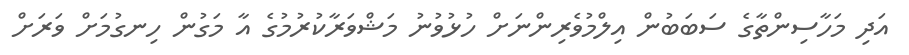
އަދި މަހާސިންތާގެ ސަބަބުން އިލްމުވެރިންނަށް ހުޅުވުނު މަޝްވަރާކުރުމުގެ އާ މަގުން ހިނގުމަށް ވަރަށް